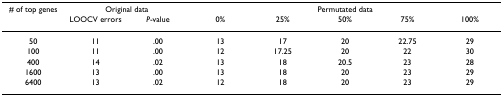
<table><thead><tr><td><b># of top genes</b></td><td colspan="2"><b>Original data</b></td><td colspan="5"><b>Permutated data</b></td></tr><tr><td></td><td><b>LOOCV errors</b></td><td><b><i>P</i>-value</b></td><td><b>0%</b></td><td><b>25%</b></td><td><b>50%</b></td><td><b>75%</b></td><td><b>100%</b></td></tr></thead><tbody><tr><td>50</td><td>11</td><td>.00</td><td>13</td><td>17</td><td>20</td><td>22.75</td><td>29</td></tr><tr><td>100</td><td>11</td><td>.00</td><td>12</td><td>17.25</td><td>20</td><td>22</td><td>30</td></tr><tr><td>400</td><td>14</td><td>.02</td><td>13</td><td>18</td><td>20.5</td><td>23</td><td>28</td></tr><tr><td>1600</td><td>13</td><td>.00</td><td>13</td><td>18</td><td>20</td><td>23</td><td>29</td></tr><tr><td>6400</td><td>13</td><td>.02</td><td>12</td><td>18</td><td>20</td><td>23</td><td>29</td></tr></tbody></table>